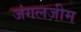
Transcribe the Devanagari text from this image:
जंगलजीम